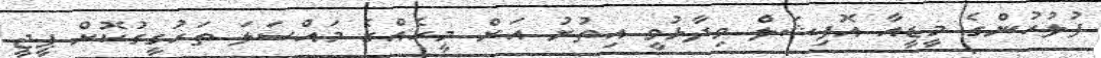
ފުލުހުންގެ މީޑީއާ އޮފިޝަލް ވިދާޅުވީ އިތުރު އަށް މީހެއްގެ މައްސަލަ ތަހުގީގުކޮށް ޕީޖީ